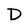
Character: D